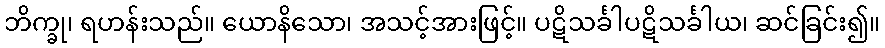
ဘိက္ခု၊ ရဟန်းသည်။ ယောနိသော၊ အသင့်အားဖြင့်။ ပဋိသင်္ခါပဋိသင်္ခါယ၊ ဆင်ခြင်း၍။